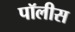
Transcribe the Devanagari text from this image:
पॉलीस